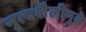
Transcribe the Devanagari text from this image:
नृत्यशैलीमुळे